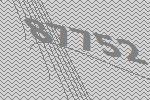
87752